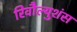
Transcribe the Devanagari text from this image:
रिवौल्युशंस